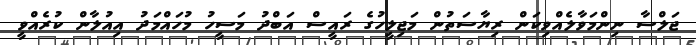
ޖަލްސާ ނިންމަވާލެއްވިކަން ރިޔާސަތުން މަޖިލީހުގެ ރައީސް އަބްދު މަސީހު މުހައްމަދު އިއުލާން ކުރެއްވީ